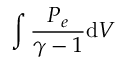
\int \frac { P _ { e } } { \gamma - 1 } \mathrm { d } V